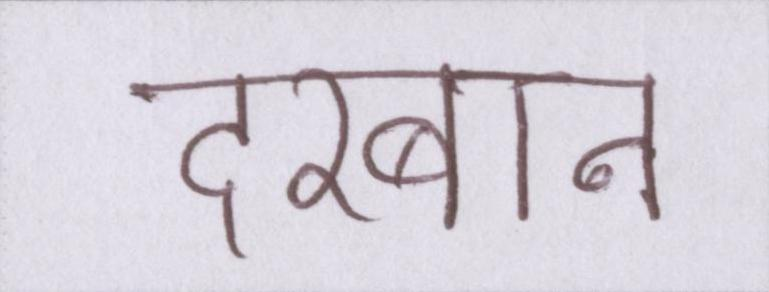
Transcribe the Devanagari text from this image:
दरबान